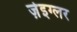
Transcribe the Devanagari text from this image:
ज़ेइग्लर